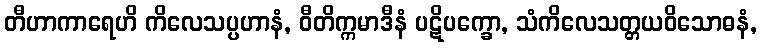
တီဟာကာရေဟိ ကိလေသပ္ပဟာနံ, ဝီတိက္ကမာဒီနံ ပဋိပက္ခော, သံကိလေသတ္တယဝိသောဓနံ,